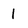
Character: 1